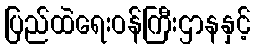
ပြည်ထဲရေးဝန်ကြီးဌာနနှင့်